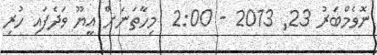
ނޮވެމްބަރު 23